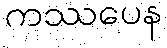
ကဿပေန